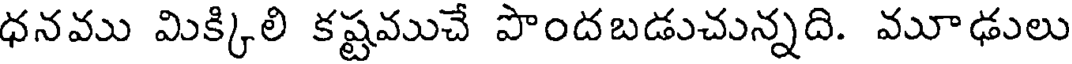
ధనము మిక్కిలి కష్టముచే పొందబడుచున్నది. మూఢులు